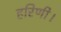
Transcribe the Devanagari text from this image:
हरिणी।